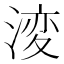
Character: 𭱝